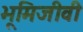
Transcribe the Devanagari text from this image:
भूमिजीवी